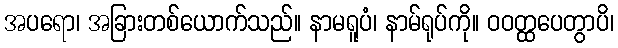
အပရော၊ အခြားတစ်ယောက်သည်။ နာမရူပံ၊ နာမ်ရုပ်ကို။ ဝဝတ္ထပေတွာပိ၊